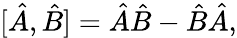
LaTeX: [{\hat{A}},{\hat{B}}]={\hat{A}}{\hat{B}}-{\hat{B}}{\hat{A}},